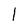
Character: 1